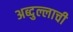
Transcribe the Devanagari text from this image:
अब्दुल्लाची